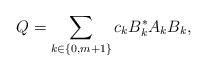
LaTeX: \begin{align*} Q = \sum_{k \in \{0, m+1\}} c_k B^\ast_k A_k B_k,\end{align*}